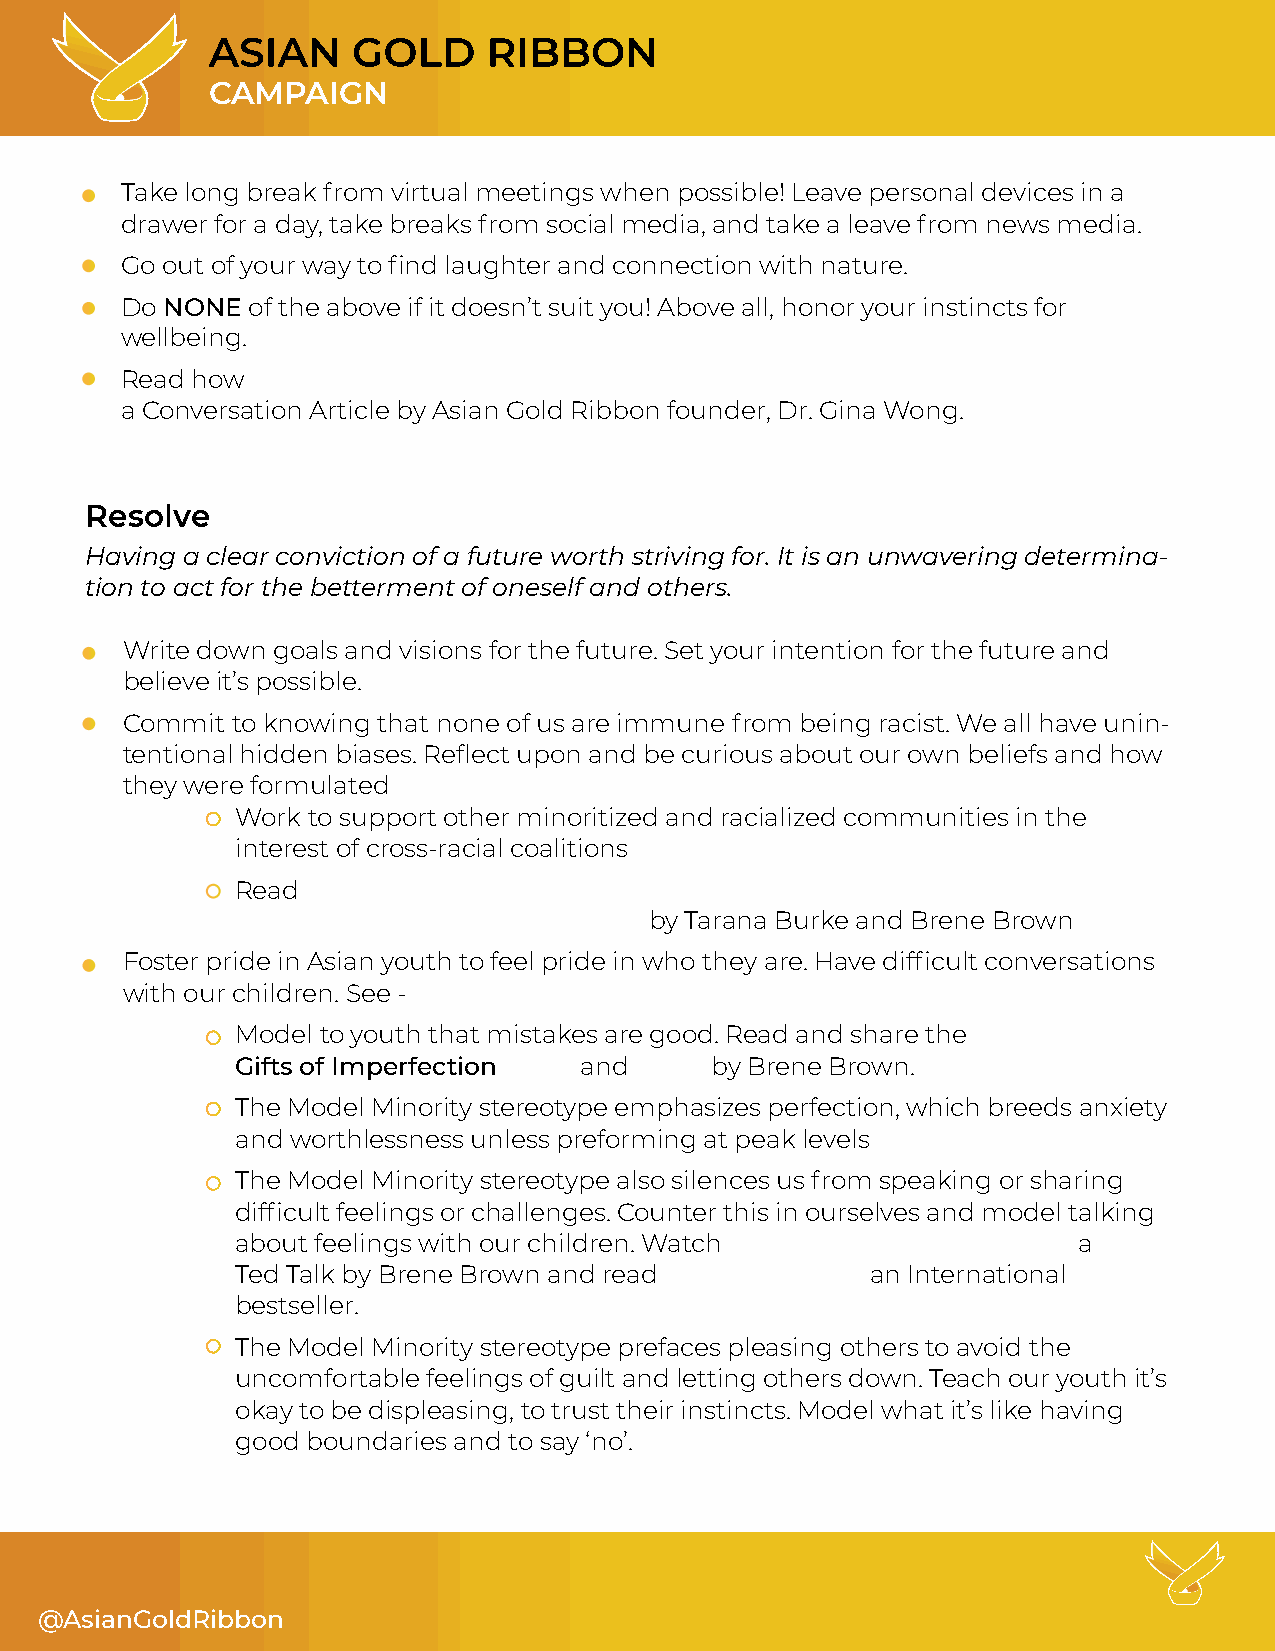
CAMPAIGN
 • Take long break from virtual meetings when possible! Leave personal devices in a
 drawer for a day, take breaks from social media, and take a leave from news media.
 • Go out of your way to find laughter and connection with nature.
 • Do NONE of the above if it doesn’t suit you! Above all, honor your instincts for
 wellbeing.
 • Read how
 a Conversation Article by Asian Gold Ribbon founder, Dr. Gina Wong.
 Resolve
 Having a clear conviction of a future worth striving for. It is an unwavering determina-
 tion to act for the betterment of oneself and others.
 • Write down goals and visions for the future. Set your intention for the future and
 believe it’s possible.
 • Commit to knowing that none of us are immune from being racist. We all have unin-
 tentional hidden biases. Reflect upon and be curious about our own beliefs and how
 they were formulated
 Work to support other minoritized and racialized communities in the
 interest of cross-racial coalitions
 Read
 by Tarana Burke and Brene Brown
 • Foster pride in Asian youth to feel pride in who they are. Have difficult conversations
 with our children. See -
 Model to youth that mistakes are good. Read and share the
 Gifts of Imperfection and      by Brene Brown.
 The Model Minority stereotype emphasizes perfection, which breeds anxiety
 and worthlessness unless preforming at peak levels
 The Model Minority stereotype also silences us from speaking or sharing
 difficult feelings or challenges. Counter this in ourselves and model talking
 about feelings with our children. Watch                a
 Ted Talk by Brene Brown and read          an International
 bestseller.
 The Model Minority stereotype prefaces pleasing others to avoid the
 uncomfortable feelings of guilt and letting others down. Teach our youth it’s
 okay to be displeasing, to trust their instincts. Model what it’s like having
 good boundaries and to say ‘no’.
 @AsianGoldRibbon